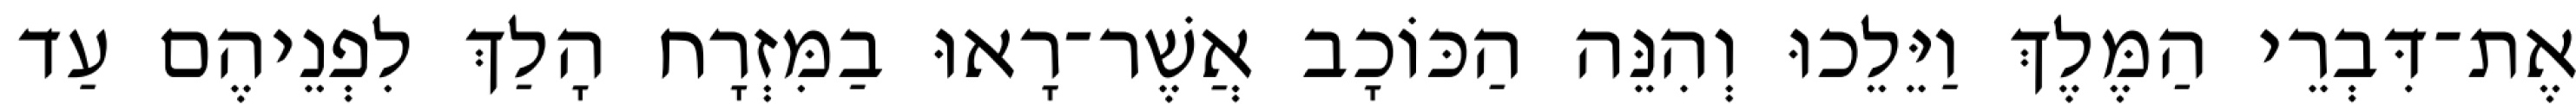
אֶת־דִּבְרֵי הַמֶּלֶךְ וַיֵּלֵכוּ וְהִנֵּה הַכּוֹכָב אֲשֶׁר־רָאוּ בַמִּזְרָח הָלַךְ לִפְנֵיהֶם עַד